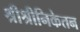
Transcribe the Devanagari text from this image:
श्रीश्रीनिकेतन